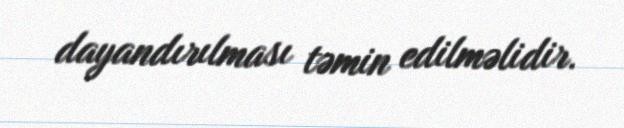
dayandırılması təmin edilməlidir.